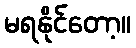
မရနိုင်တော့။